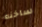
ساخنه